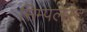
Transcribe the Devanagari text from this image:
सिम्पलेस्ट